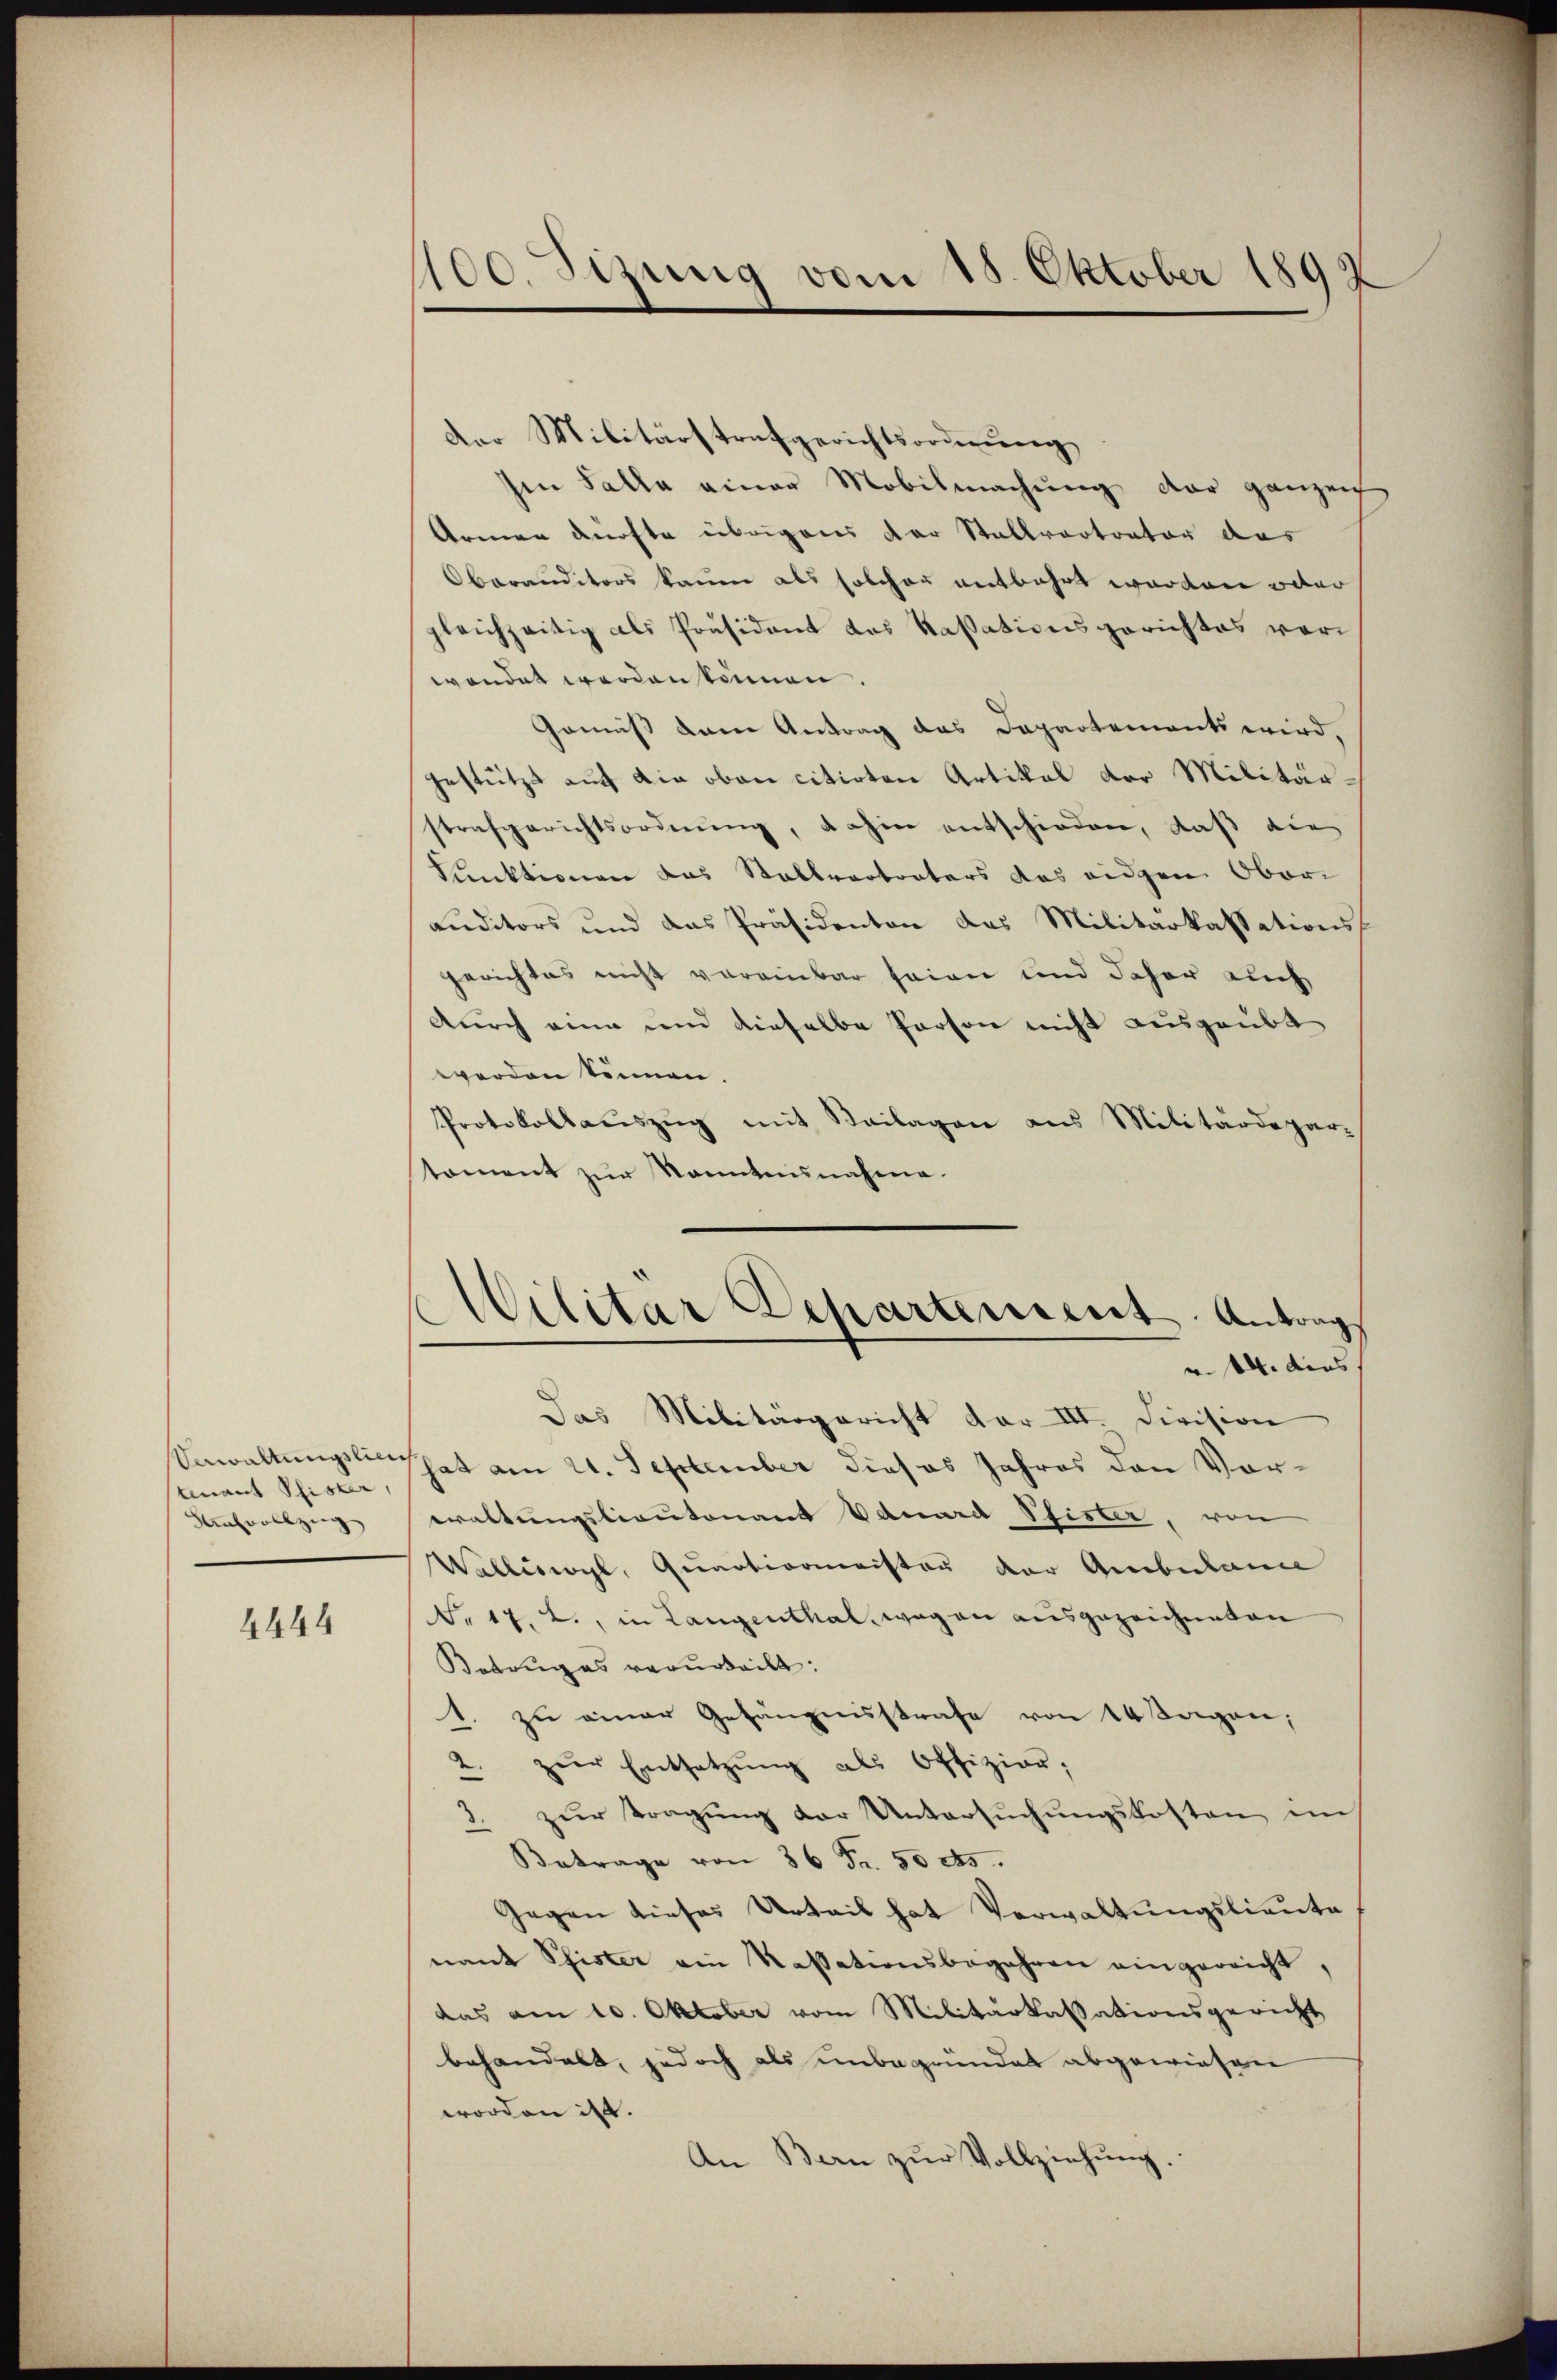
Verwaltungslie
tenant Pfister,
ansvollzug

4444

100. Sizung vom 15. Oktober 1892

der Militärstrafgerichtsordnung
hen Falle einer Mobilmachung der ganzen
Armen dürfte übrigens der Stallvertrator des
Oberanditors kaum als solcher entbehrt worden oder
gleichzeitig als Präsident des Kassationsgerichtes vorwendet werden können.
Gemäß dem Antrag das Departements wird,
gestützt auf die oben citirten Artikel der Militärstrafgerichtsordnŭng, dahin entschieden, daβ die
Punktionen das Stallvertraters das eidgen Ober-
auditors und das Präsidenten das Militarkassationsgerichtes nicht vereinbar seien und daher auch
durch eine und dieselbe Person nicht ausgeübt
werden können.
Protokollauszug mit Beilagen aus Militärdepartoment zur Kenntnisnahme.
Militar Departement. Antrag
r. 14. dies
Das Militärgericht dar III. Division
That am 21. September dieses Jahres den Vorevaltungsliantonant Eduard Pfister, von
Walliswyl, Quartionmeister der Ambulanie
NNo. 17. L., in Langenthal, wegen ausgezeichneten
Betruges verurteilt:
1. zu einer Gefängnisstrafe von 14 Tagen,
2. zŭr Entsetzŭng als Offizier;
zŭr Tragŭng der Untersŭchŭngskosten im
Betrage von 36 Fr. 50 cts.
Gegen dieses Urteil hat Verwaltungslieute
nant Pfister ein Kassationsbegehren eingereicht,
das am 10. Oktober vom Militarkassationsgericht
behandelt, jedoch als unbegründet abgewiesen
worden ist.
An Bern zur Vollziehung.